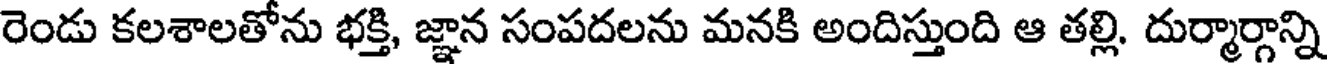
రెండు కలశాలతోను భక్తి, జ్ఞాన సంపదలను మనకి అందిస్తుంది ఆ తల్లి. దుర్మార్గాన్ని